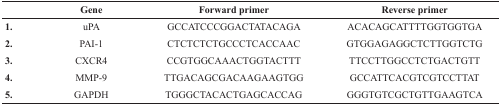
|  | Gene | Forward primer | Reverse primer |
 | --- | --- | --- | --- |
 | 1. | uPA | GCCATCCCGGACTATACAGA | ACACAGCATTTTGGTGGTGA |
 | 2. | PAI-1 | CTCTCTCTGCCCTCACCAAC | GTGGAGAGGCTCTTGGTCTG |
 | 3. | CXCR4 | CCGTGGCAAACTGGTACTTT | TTCCTTGGCCTCTGACTGTT |
 | 4. | MMP-9 | TTGACAGCGACAAGAAGTGG | GCCATTCACGTCGTCCTTAT |
 | 5. | GAPDH | TGGGCTACACTGAGCACCAG | GGGTGTCGCTGTTGAAGTCA |